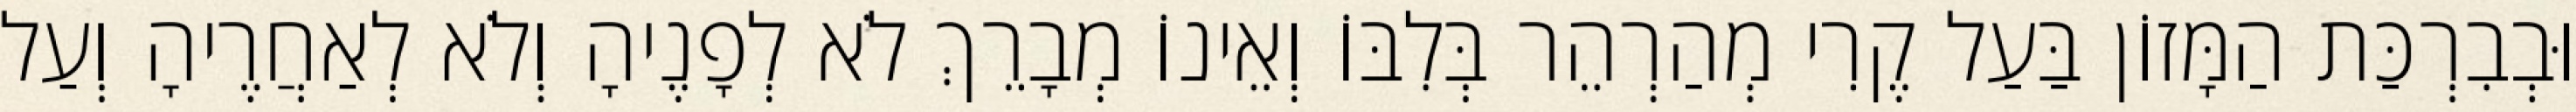
וּבְבִרְכַּת הַמָּזוֹן בַּעַל קֶרִי מְהַרְהֵר בְּלִבּוֹ וְאֵינוֹ מְבָרֵךְ לֹא לְפָנֶיהָ וְלֹא לְאַחֲרֶיהָ וְעַל